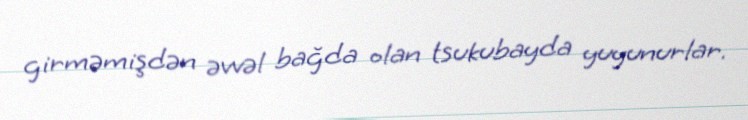
girməmişdən əvvəl bağda olan tsukubayda yuyunurlar.